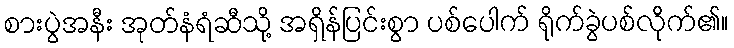
စားပွဲအနီး အုတ်နံရံဆီသို့ အရှိန်ပြင်းစွာ ပစ်ပေါက် ရိုက်ခွဲပစ်လိုက်၏။